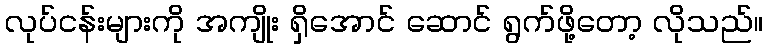
လုပ်ငန်းများကို အကျိုး ရှိအောင် ဆောင် ရွက်ဖို့တော့ လိုသည်။